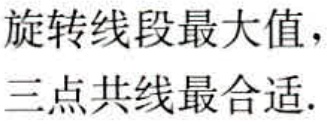
旋转线段最大值，
三点共线最合适.